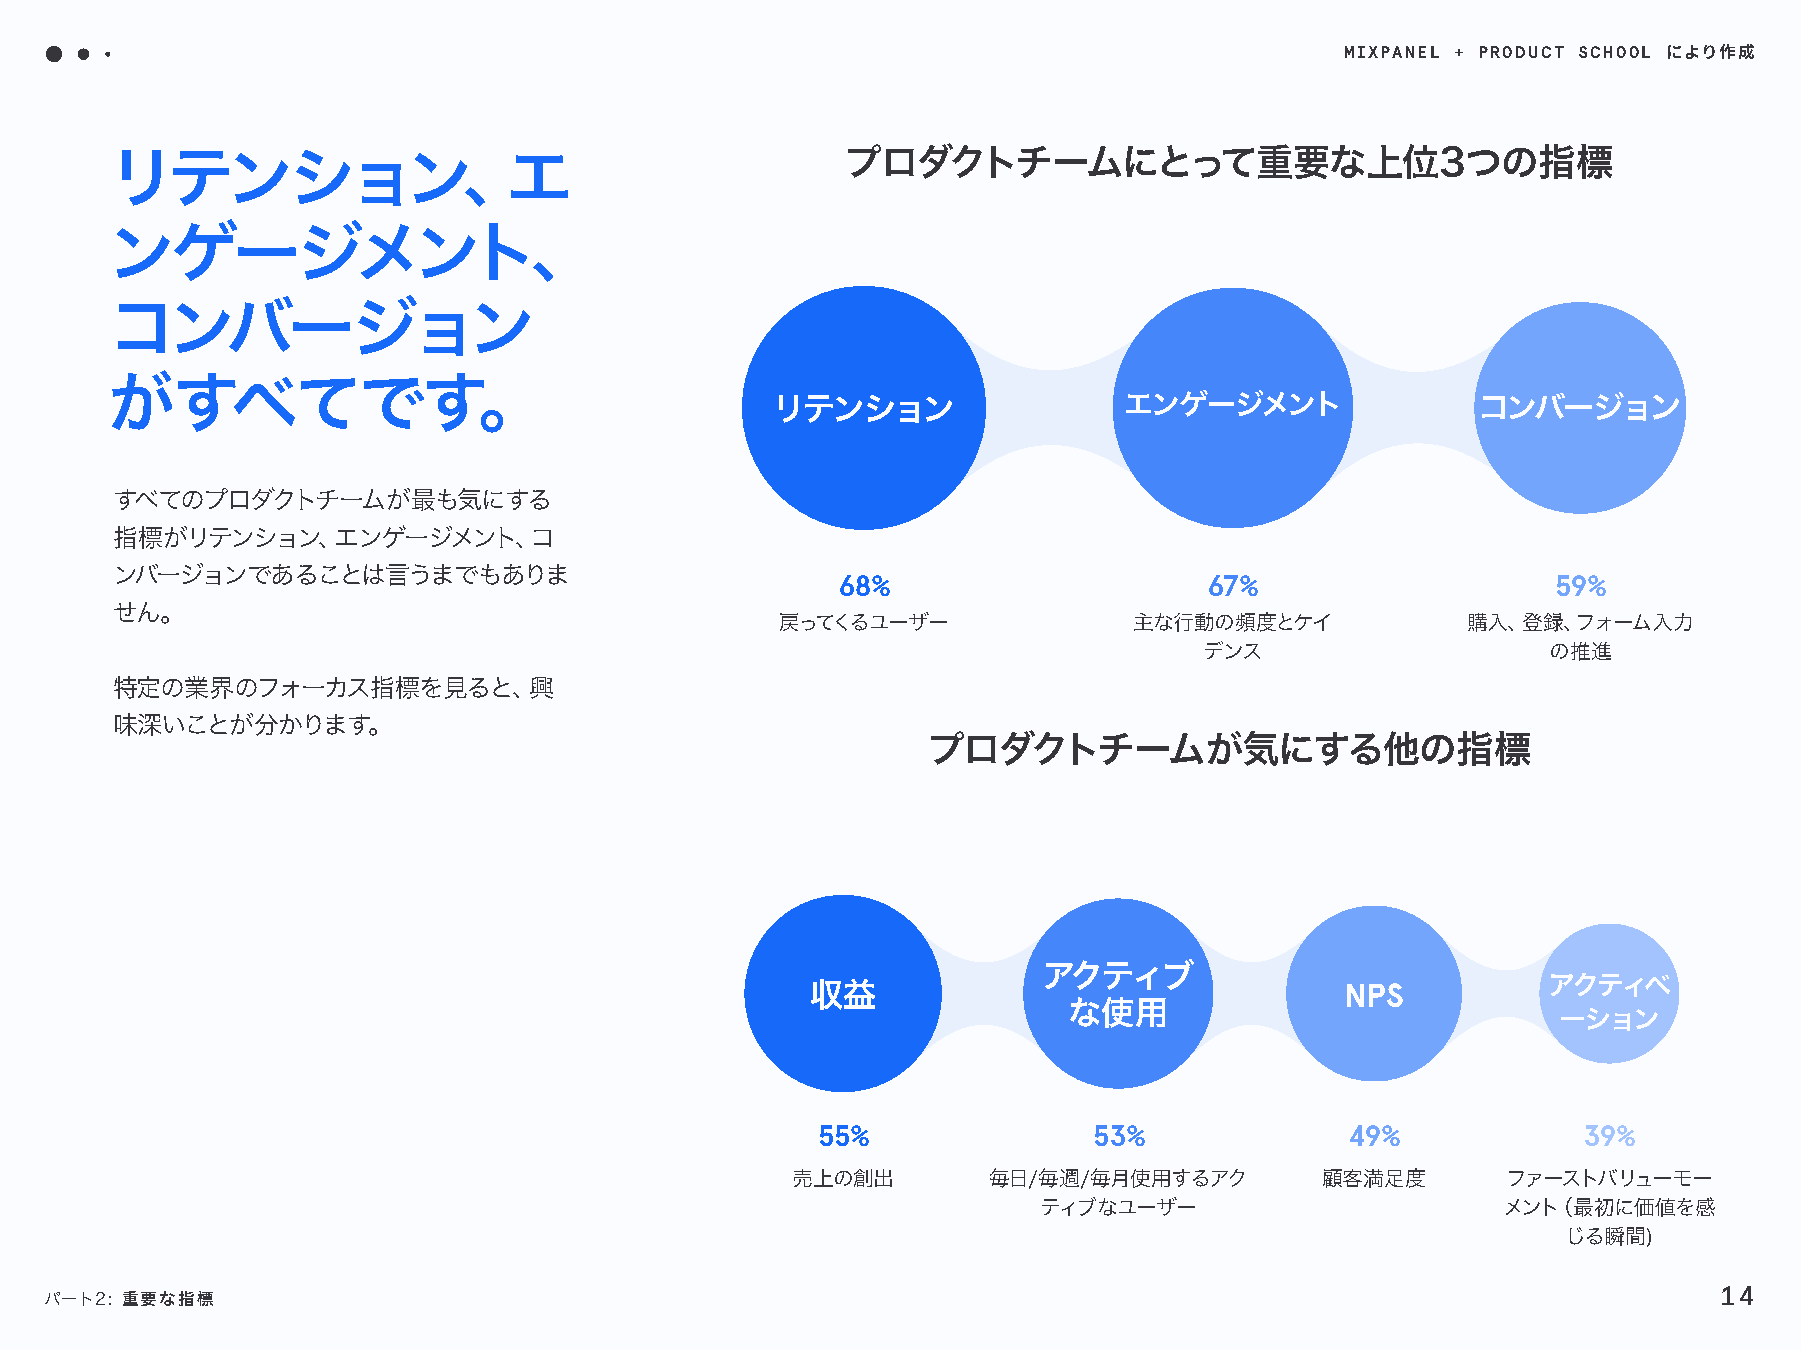
MIXPANEL + PRODUCT SCHOOL
 により作成
 プロダクトチームにとって重要な上位3つの指標
 リテンション、エ
 ンゲージメント、
 コンバージョン
 がすべてです。
 リテンション                 エンゲージメント                コンバージョン
 すべてのプロダクトチームが最も気にする
 指標がリテンション、エンゲージメント、コ
 ンバージョンであることは言うまでもありま
 68%                      67%                    59%
 せん。
 戻ってくるユーザー              主な行動の頻度とケイ            購入、登録、フォーム入力
 デンス                   の推進
 特定の業界のフォーカス指標を見ると、興
 味深いことが分かります。
 プロダクトチームが気にする他の指標
 アクティブ
 収益                                 NPS          アクティベ
 な使用
 ーション
 55%               53%              49%             39%
 売上の創出        毎日/毎週/毎月使用するアク        顧客満足度        ファーストバリューモー
 ティブなユーザー                      メント（最初に価値を感
 じる瞬間)
 14
 パート2: 重要な指標